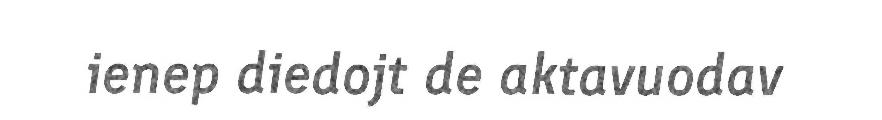
ienep diedojt de aktavuodav